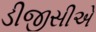
ડીજીસીએ